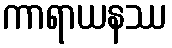
ကာရာယနဿ